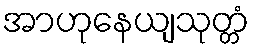
အာဟုနေယျသုတ္တံ